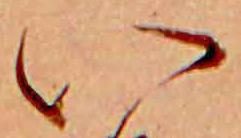
い